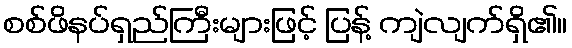
စစ်ဖိနပ်ရှည်ကြီးများဖြင့် ပြန့် ကျဲလျက်ရှိ၏။